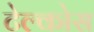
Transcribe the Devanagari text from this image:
टेल्कोस